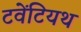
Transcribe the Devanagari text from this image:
टवेंटियथ